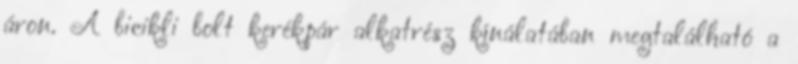
áron. A bicikli bolt kerékpár alkatrész kínálatában megtalálható a